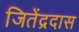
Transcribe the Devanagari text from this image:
जितेंद्रदास